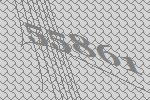
55861